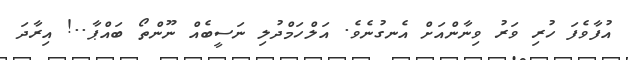
އުފާވެފަ ހުރި ވަރު ވިނާންއަށް އެނގުނެވެ. އަލްހަމްދުލި ނަސީބެއް ނޫންތޯ ބައްޕާ..! އިރާދަ